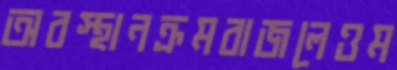
অবস্থানক্রমবাজলেওম